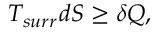
T _ { s u r r } d S \geq \delta Q ,